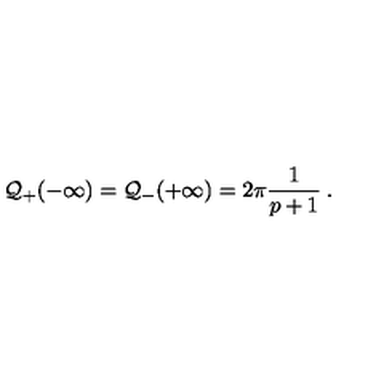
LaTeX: { \cal Q } _ { + } ( - \infty ) = { \cal Q } _ { - } ( + \infty ) = 2 \pi \frac { 1 } { p + 1 } \: .